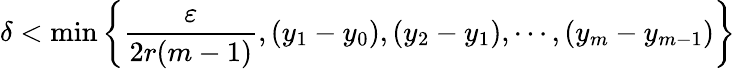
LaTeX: \delta<\operatorname*{min}\left\{ {\frac{\varepsilon}{2r(m-1)}},\left(y_{1}-y_{0}\right),\left(y_{2}-y_{1}\right),\cdots,\left(y_{m}-y_{m-1}\right)\right\}